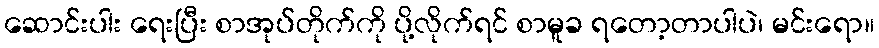
ဆောင်းပါး ရေးပြီး စာအုပ်တိုက်ကို ပို့လိုက်ရင် စာမူခ ရတော့တာပါပဲ၊ မင်းရော။